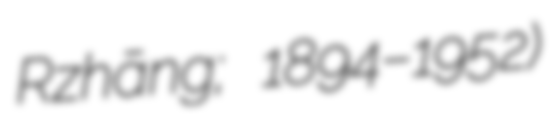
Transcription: Rǔzhāng; 1894–1952)